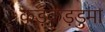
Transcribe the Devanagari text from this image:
कड़कड़डुमा